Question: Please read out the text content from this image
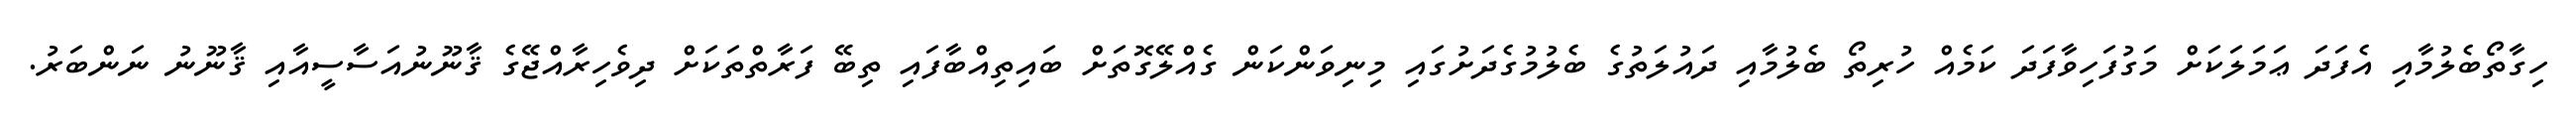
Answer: ހިގާތޯބެލުމާއި އެފަދަ ޢަމަލަކަށް މަގުފަހިވާފަދަ ކަމެއް ހުރިތޯ ބެލުމާއި ދައުލަތުގެ ބެލުމުގެދަށުގައި މިނިވަންކަން ގެއްލޭގޮތަށް ބައިތިއްބާފައި ތިބޭ ފަރާތްތަކަށް ދިވެހިރާއްޖޭގެ ޤާނޫނުއަސާސީއާއި ޤާނޫނު ނަންބަރު.